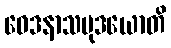
ဝေဒနာသမုဒယောတိ